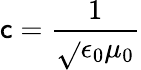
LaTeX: \mathsf{c}={\frac{{1}}{{\sqrt{}{{\epsilon_{0}\mu_{0}}}}}}